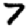
Digit: 7